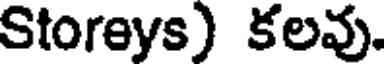
Storeys) కలవు.